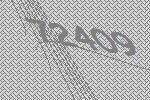
72409